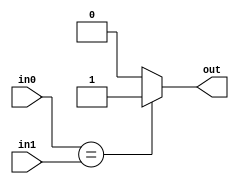
`timescale 1ns / 1ps
//////////////////////////////////////////////////////////////////////////////////

module comp_eq(
        input [7:0] in0,
        input [7:0] in1,
        output reg out
    );
    
    always@(*)
    begin
    if(in0==in1)
        out=1;
    else
        out=0;
    end
    
endmodule